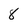
Character: 8